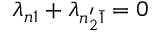
\lambda _ { n 1 } + \lambda _ { n _ { 2 } ^ { \prime } \bar { 1 } } = 0